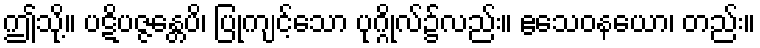
ဤသို့။ ပဋိပဇ္ဇန္တေပိ၊ ပြုကျင့်သော ပုဂ္ဂိုလ်၌လည်း။ ဧသေဝနယော၊ တည်း။